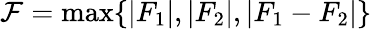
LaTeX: \mathcal{F}=\operatorname*{max}\{ |F_{1}|,|F_{2}|,|F_{1}-F_{2}|\}